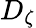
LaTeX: D_{\zeta}